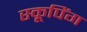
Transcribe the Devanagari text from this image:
स्कूपिंग